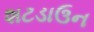
શટડાઉન